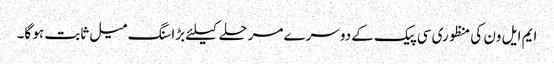
ایم ایل ون کی منظوری سی پیک کے دوسرے مرحلے کیلئے بڑا سنگ میل ثابت ہو گا۔